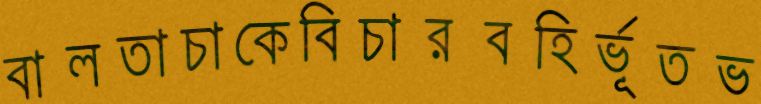
বালতাচাকেবিচারবহির্ভূতভ